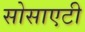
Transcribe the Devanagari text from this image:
सोसाएटी